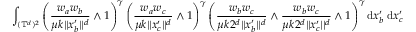
\int _ { ( \mathbb { T } ^ { d } ) ^ { 2 } } \left( \frac { w _ { a } w _ { b } } { \mu k | | x _ { b } ^ { \prime } | | ^ { d } } \wedge 1 \right) ^ { \gamma } \left( \frac { w _ { a } w _ { c } } { \mu k | | x _ { c } ^ { \prime } | | ^ { d } } \wedge 1 \right) ^ { \gamma } \left( \frac { w _ { b } w _ { c } } { \mu k 2 ^ { d } | | x _ { b } ^ { \prime } | | ^ { d } } \wedge \frac { w _ { b } w _ { c } } { \mu k 2 ^ { d } | | x _ { c } ^ { \prime } | | ^ { d } } \wedge 1 \right) ^ { \gamma } \mathrm { d } x _ { b } ^ { \prime } \; \mathrm { d } x _ { c } ^ { \prime }